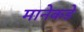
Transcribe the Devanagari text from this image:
मानेकडे